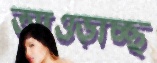
আওড়াচ্ছ